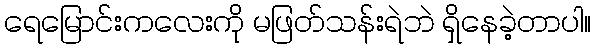
ရေမြောင်းကလေးကို မဖြတ်သန်းရဲဘဲ ရှိနေခဲ့တာပါ။